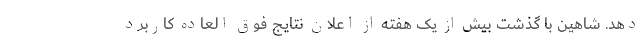
دهد. شاهین با گذشت بیش از یک هفته از اعلان نتایج فوق العاده کاربرد